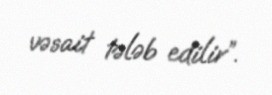
vəsait tələb edilir”.